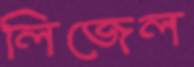
লিজেল